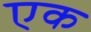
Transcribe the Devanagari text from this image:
एक